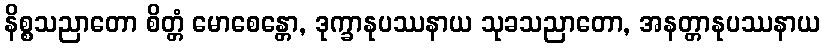
နိစ္စသညာတော စိတ္တံ မောစေန္တော, ဒုက္ခာနုပဿနာယ သုခသညာတော, အနတ္တာနုပဿနာယ